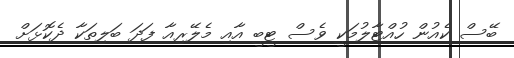
ބޭސް ކެއުން ހުއްޓާލުމަކީ ވެސް ޓީބީ އާއި މެލޭރިއާ ފަދަ ބަލިތަކާ ދެކޮޅަށް